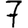
Digit: 7